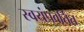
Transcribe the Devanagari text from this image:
स्वयंप्रवर्तित